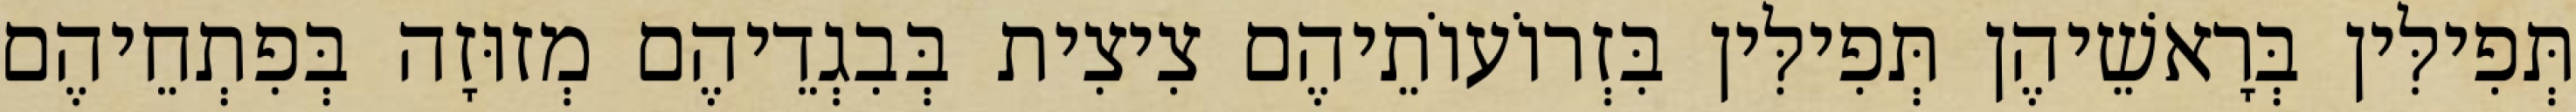
תְּפִילִּין בְּרָאשֵׁיהֶן תְּפִילִּין בִּזְרוֹעוֹתֵיהֶם צִיצִית בְּבִגְדֵיהֶם מְזוּזָה בְּפִתְחֵיהֶם